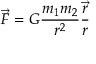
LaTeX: { \vec { F } } = G { \frac { m _ { 1 } m _ { 2 } } { r ^ { 2 } } } { \frac { \vec { r } } { r } }